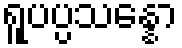
ရူပပ္ပသန္နော